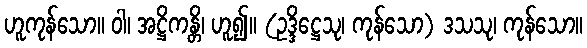
ဟူကုန်သော။ ဝါ၊ အဋ္ဌိကန္တိ၊ ဟူ၍။ (ဥဒ္ဒိဋ္ဌေသု၊ ကုန်သော) ဒသသု၊ ကုန်သော။